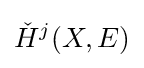
{\check {H}}^{j}(X,E)